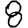
Digit: 8